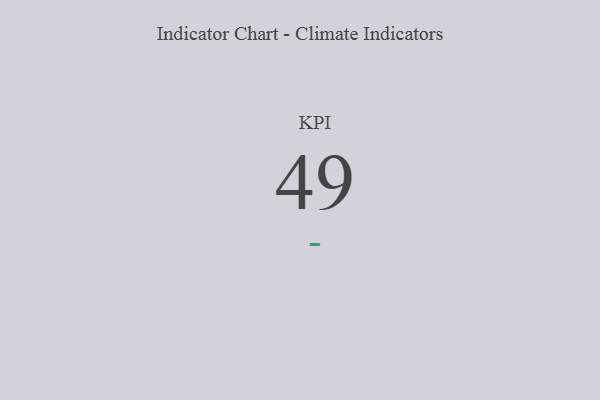
{"axis": {"x": "KPI", "y": "Value"}, "legend": [""], "data": [{"x": "KPI", "y": 49, "type": ""}]}